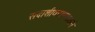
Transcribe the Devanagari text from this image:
सदाशीवरावभाऊने